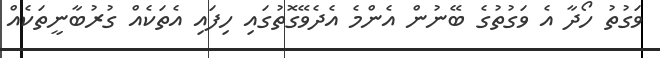
ވަގުތު ހޯދާ އެ ވަގުތުގެ ބޭނުން އެންމެ އެދެވޭގޮތުގައި ހިފައި އެތަކެއް ގުރުބާނީތަކެއް